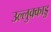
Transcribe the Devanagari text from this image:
उल्लुक्काडु